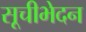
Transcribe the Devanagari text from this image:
सूचीभेदन